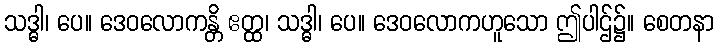
သဒ္ဓါ၊ ပေ။ ဒေဝလောကန္တိ ဧတ္ထ၊ သဒ္ဓါ၊ ပေ။ ဒေဝလောကဟူသော ဤပါဌ်၌။ စေတနာ